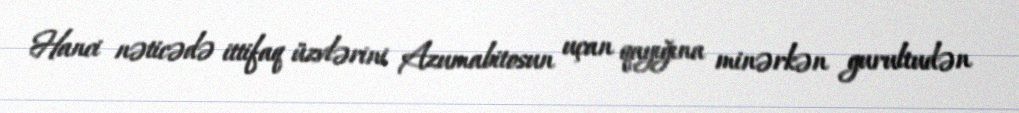
Hanci nəticədə ittifaq üzvlərini Azumabitosun uçan qayığına minərkən gurultudən